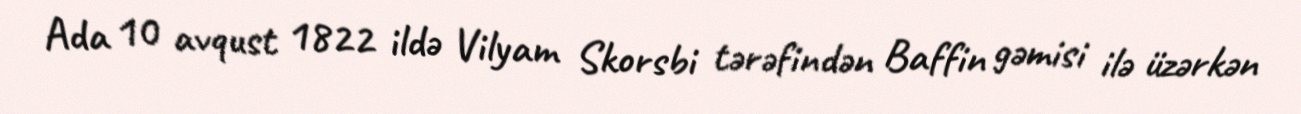
Ada 10 avqust 1822 ildə Vilyam Skorsbi tərəfindən Baffin gəmisi ilə üzərkən